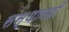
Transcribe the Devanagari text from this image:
संस्थानही